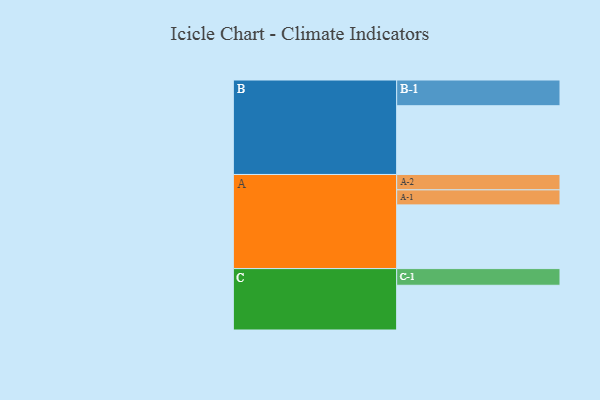
{"axis": {"x": "Segment", "y": "Value"}, "legend": ["", "A", "B", "C"], "data": [{"x": "A", "y": 547, "type": ""}, {"x": "B", "y": 590, "type": ""}, {"x": "C", "y": 384, "type": ""}, {"x": "A-1", "y": 129, "type": "A"}, {"x": "A-2", "y": 132, "type": "A"}, {"x": "B-1", "y": 221, "type": "B"}, {"x": "C-1", "y": 143, "type": "C"}]}